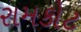
રામકોટ